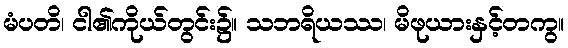
မံပတိ၊ ငါ၏ကိုယ်တွင်း၌။ သဘရိယဿ၊ မိဖုယားနှင့်တကွ။